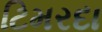
ટિમરદા